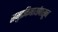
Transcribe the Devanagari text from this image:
समुद्रकिनार्यापासून